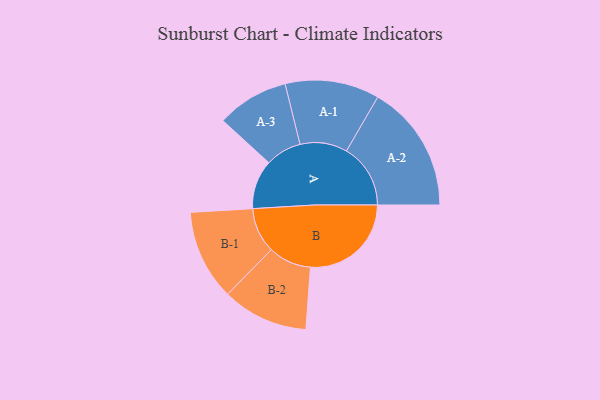
{"axis": {"x": "Segment", "y": "Value"}, "legend": ["", "A", "B"], "data": [{"x": "A", "y": 203, "type": ""}, {"x": "B", "y": 417, "type": ""}, {"x": "A-1", "y": 195, "type": "A"}, {"x": "A-2", "y": 265, "type": "A"}, {"x": "A-3", "y": 149, "type": "A"}, {"x": "B-1", "y": 187, "type": "B"}, {"x": "B-2", "y": 178, "type": "B"}]}